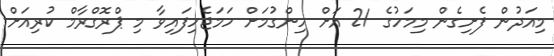
މިއަދުން ފެށިގެން މިމަހުގެ 21 އަށް ހިންގުމަށް ހަމަޖެހިފައިވާ މި ޕްރޮގްރާމް ކުރިއަށް